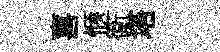
喜愜衛塔